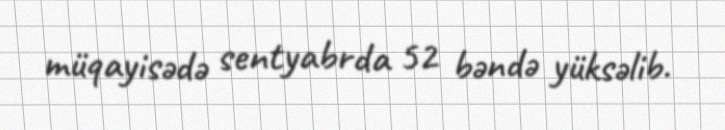
müqayisədə sentyabrda 52 bəndə yüksəlib.